65_HS1-834228961_62-HQ-83894_Section_10
Agency: FBI
Page 134
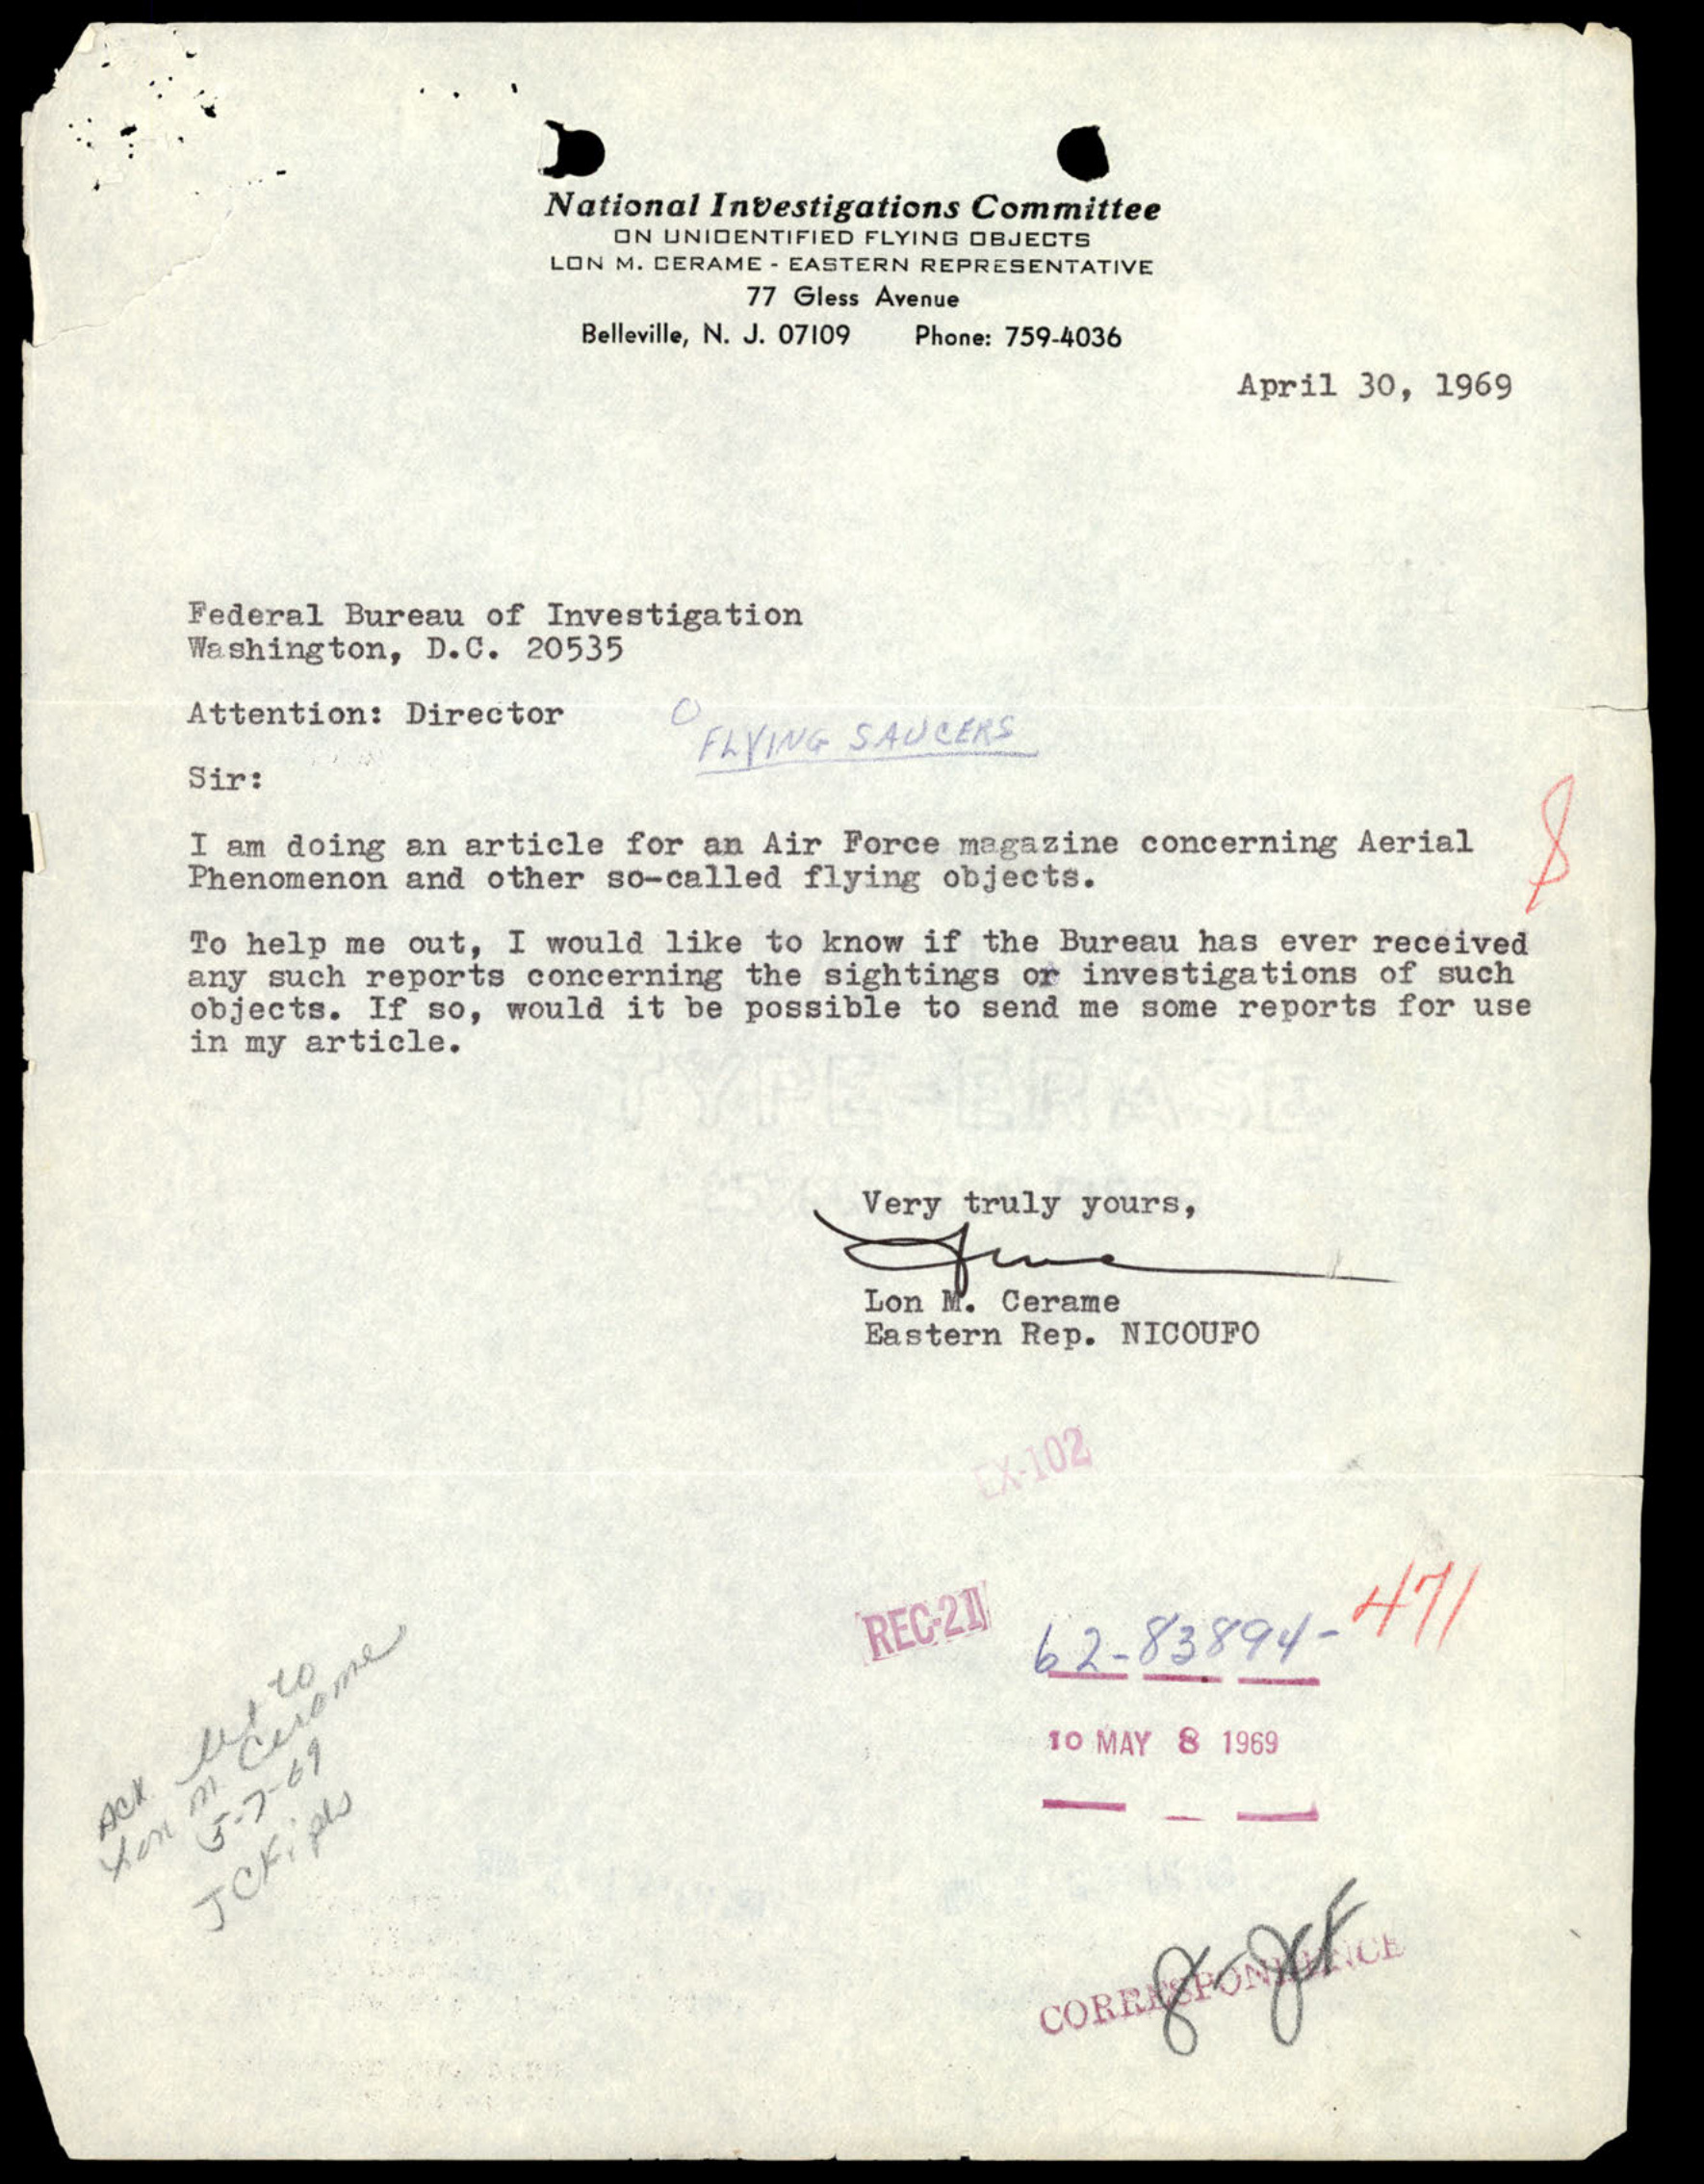